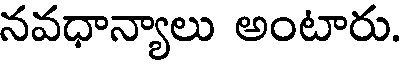
నవధాన్యాలు అంటారు.